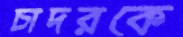
চাদরকে